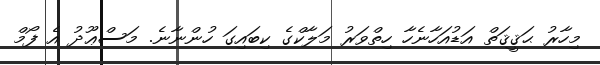
މިހާރު ޙަޤީޤަތް އަޑުއަހާނެހާ ހިތްވަރު މަލާކްގެ ކިބައިގަ ހުންނާނެ. މަސްޢޫދު އެ ފޯމް